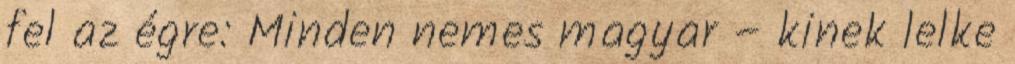
fel az égre: Minden nemes magyar – kinek lelke